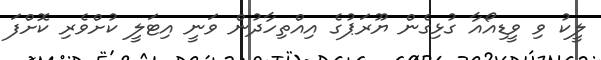
ލީކު ވި ވީޑިއޯއާ ގުޅިގެން ޔޫރަޕުގެ އިއްތިހާދުން ވަނީ އިޓަލީ ކުށްވެރި ކޮށްފަ